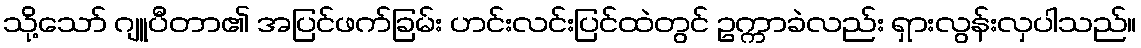
သို့သော် ဂျူပီတာ၏ အပြင်ဖက်ခြမ်း ဟင်းလင်းပြင်ထဲတွင် ဥက္ကာခဲလည်း ရှားလွန်းလှပါသည်။